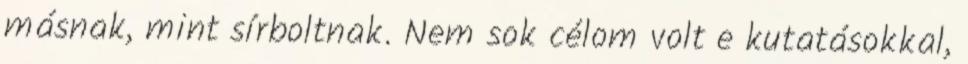
másnak, mint sírboltnak. Nem sok célom volt e kutatásokkal,